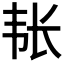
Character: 𮧴